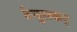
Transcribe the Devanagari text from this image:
तेन्दुलकर्